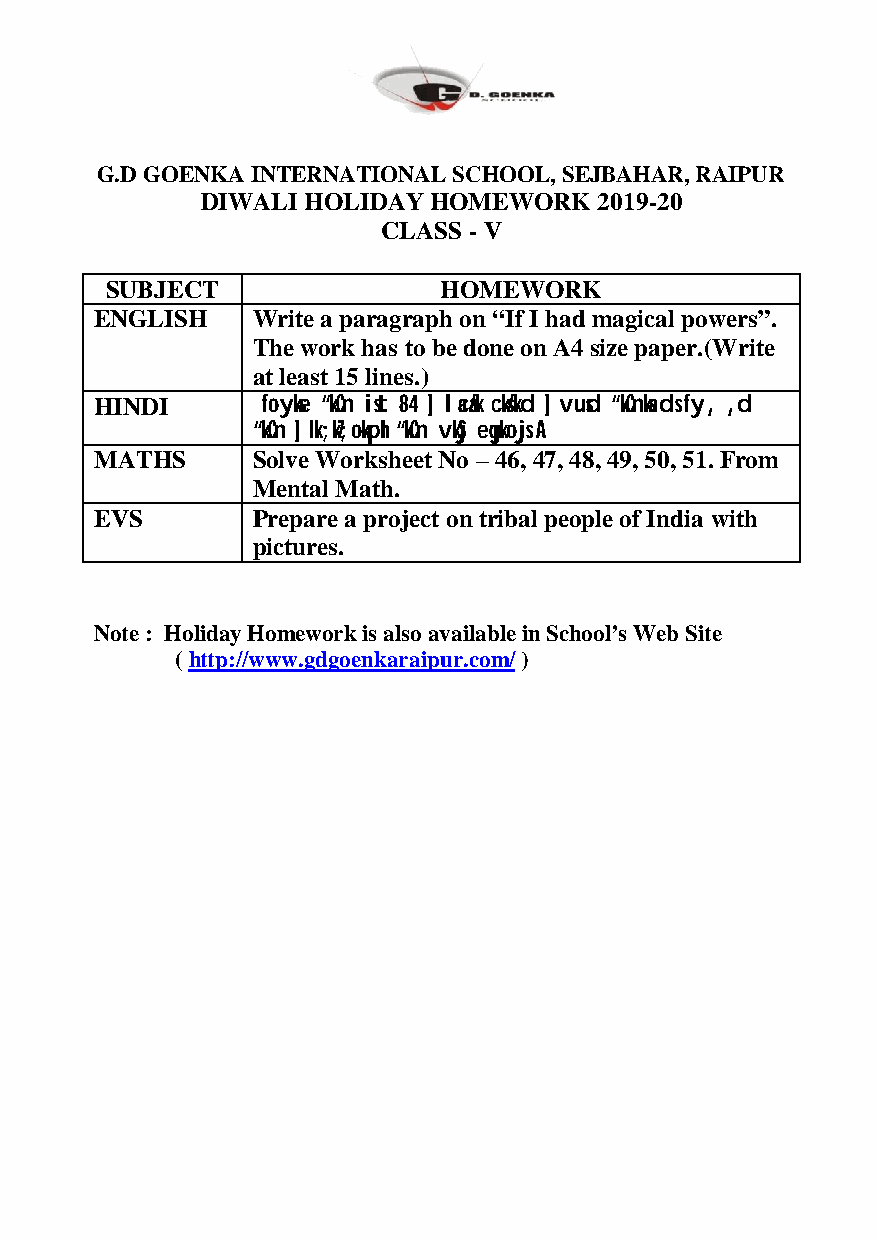
G.D GOENKA INTERNATIONAL SCHOOL, SEJBAHAR, RAIPUR
 DIWALI HOLIDAY HOMEWORK    2019-20
 CLASS - V
 SUBJECT               HOMEWORK
 ENGLISH    Write a paragraph on “If I had magical powers”.
 The work has to be done on A4 size paper.(Write
 at least 15 lines.)
 HINDI      foykse “kCn ist 84 ] laca/k cks/kd ] vusd “kCnksa ds fy, ,d
 “kCn ] Ik;kZ;okph “kCn vkSj eqgkojs A
 MATHS      Solve Worksheet No – 46, 47, 48, 49, 50, 51. From
 Mental Math.
 EVS        Prepare a project on tribal people of India with
 pictures.
 Note : Holiday Homework is also available in School’s Web Site
 ( http://www.gdgoenkaraipur.com/ )